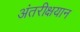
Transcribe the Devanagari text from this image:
अंतरीक्षयान